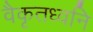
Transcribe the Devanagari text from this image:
वैकृतध्वनि